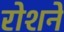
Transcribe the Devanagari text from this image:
रोशने